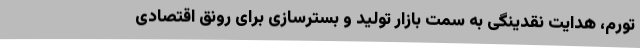
تورم، هدایت نقدینگی به سمت بازار تولید و بسترسازی برای رونق اقتصادی